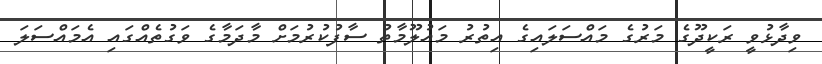
ވިދާޅުވީ ރަކީދޫގެ މަރުގެ މައްސަލައިގެ އިތުރު މައުލޫމާތު ސާފުކުރުމަށް މާދަމާގެ ވަގުތެއްގައި އެމައްސަލަ